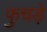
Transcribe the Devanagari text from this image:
फुचड़े